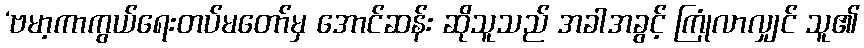
‘ဗမာ့ကာကွယ်ရေးတပ်မတော်မှ အောင်ဆန်း ဆိုသူသည် အခါအခွင့် ကြုံလာလျှင် သူ၏